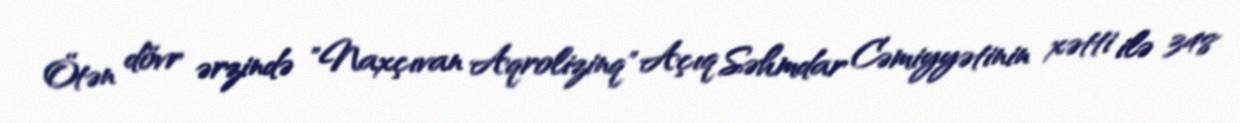
Ötən dövr ərzində "Naxçıvan Aqrolizinq" Açıq Səhmdar Cəmiyyətinin xətti ilə 348